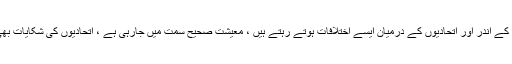
ادھر پی ٹی آئی کے ایک رہنما سے جب پوچھا گیا تو انہوں نے کہا کہ پارٹی کے اندر اور اتحادیوں کے درمیان ایسے اختلافات ہوتے رہتے ہیں ، معیشت صحیح سمت میں جارہی ہے ، اتحادیوں کی شکایات بھی جلد دور ہوجائیں گی ، پی ٹی آئی حکومت اب پہلے سے زیادہ مضبوط ہے ۔